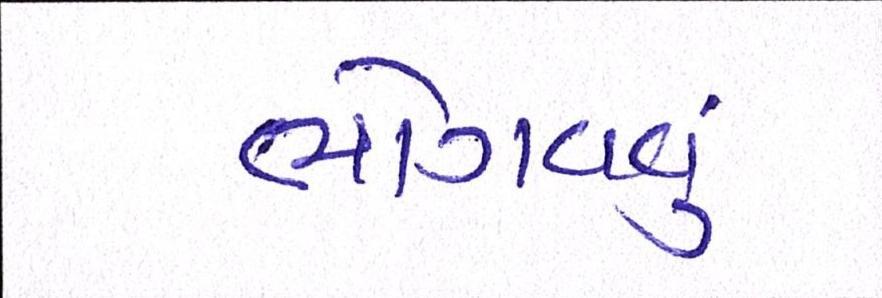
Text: ભોગવવું